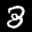
Label: 3